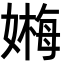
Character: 𡠫